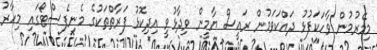
މިމޭރުމުން ވާހަކަފުޅު ދައްކަވަމުން ރައީސް ޔާމީން ވިދާޅުވީ އިދިކޮޅު ފަރާތްތަކުގެ މެނިފެސްޓޯގައި މިހާރު